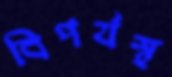
বিপর্যস্থ